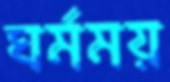
ঘর্মময়